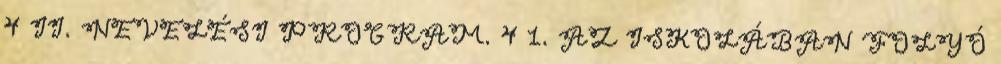
4 II. NEVELÉSI PROGRAM. 4 1. AZ ISKOLÁBAN FOLYÓ